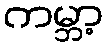
ကမ္ဘာ့